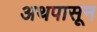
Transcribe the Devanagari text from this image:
अथपासून